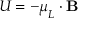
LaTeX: U = - { \boldsymbol { \mu } } _ { L } \cdot \mathbf { B }